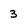
Character: 3